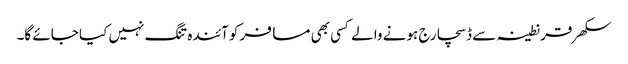
سکھر قرنطینہ سے ڈسچارج ہونے والے کسی بھی مسافر کو آئندہ تنگ نہیں کیا جائے گا۔